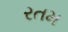
રતમ